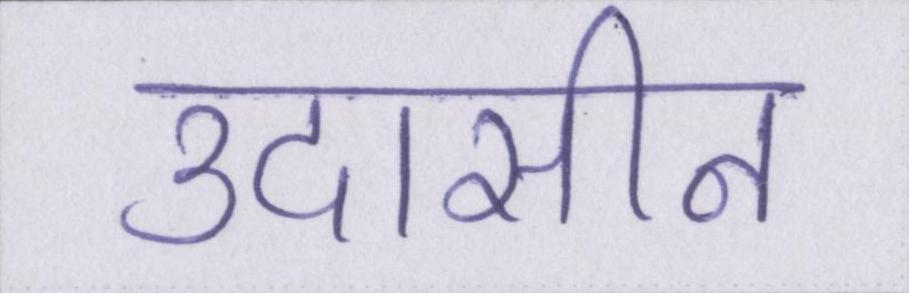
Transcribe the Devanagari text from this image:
उदासीन